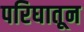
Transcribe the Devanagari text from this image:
परिघातून